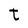
Character: t